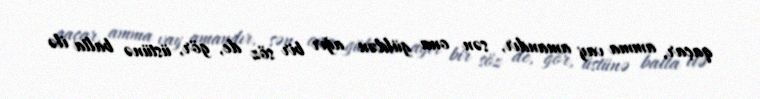
qaçar, amma vay amandır, sən ona güldən ağır bir söz de, gör, üstünə balta ilə